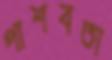
পাশবতা